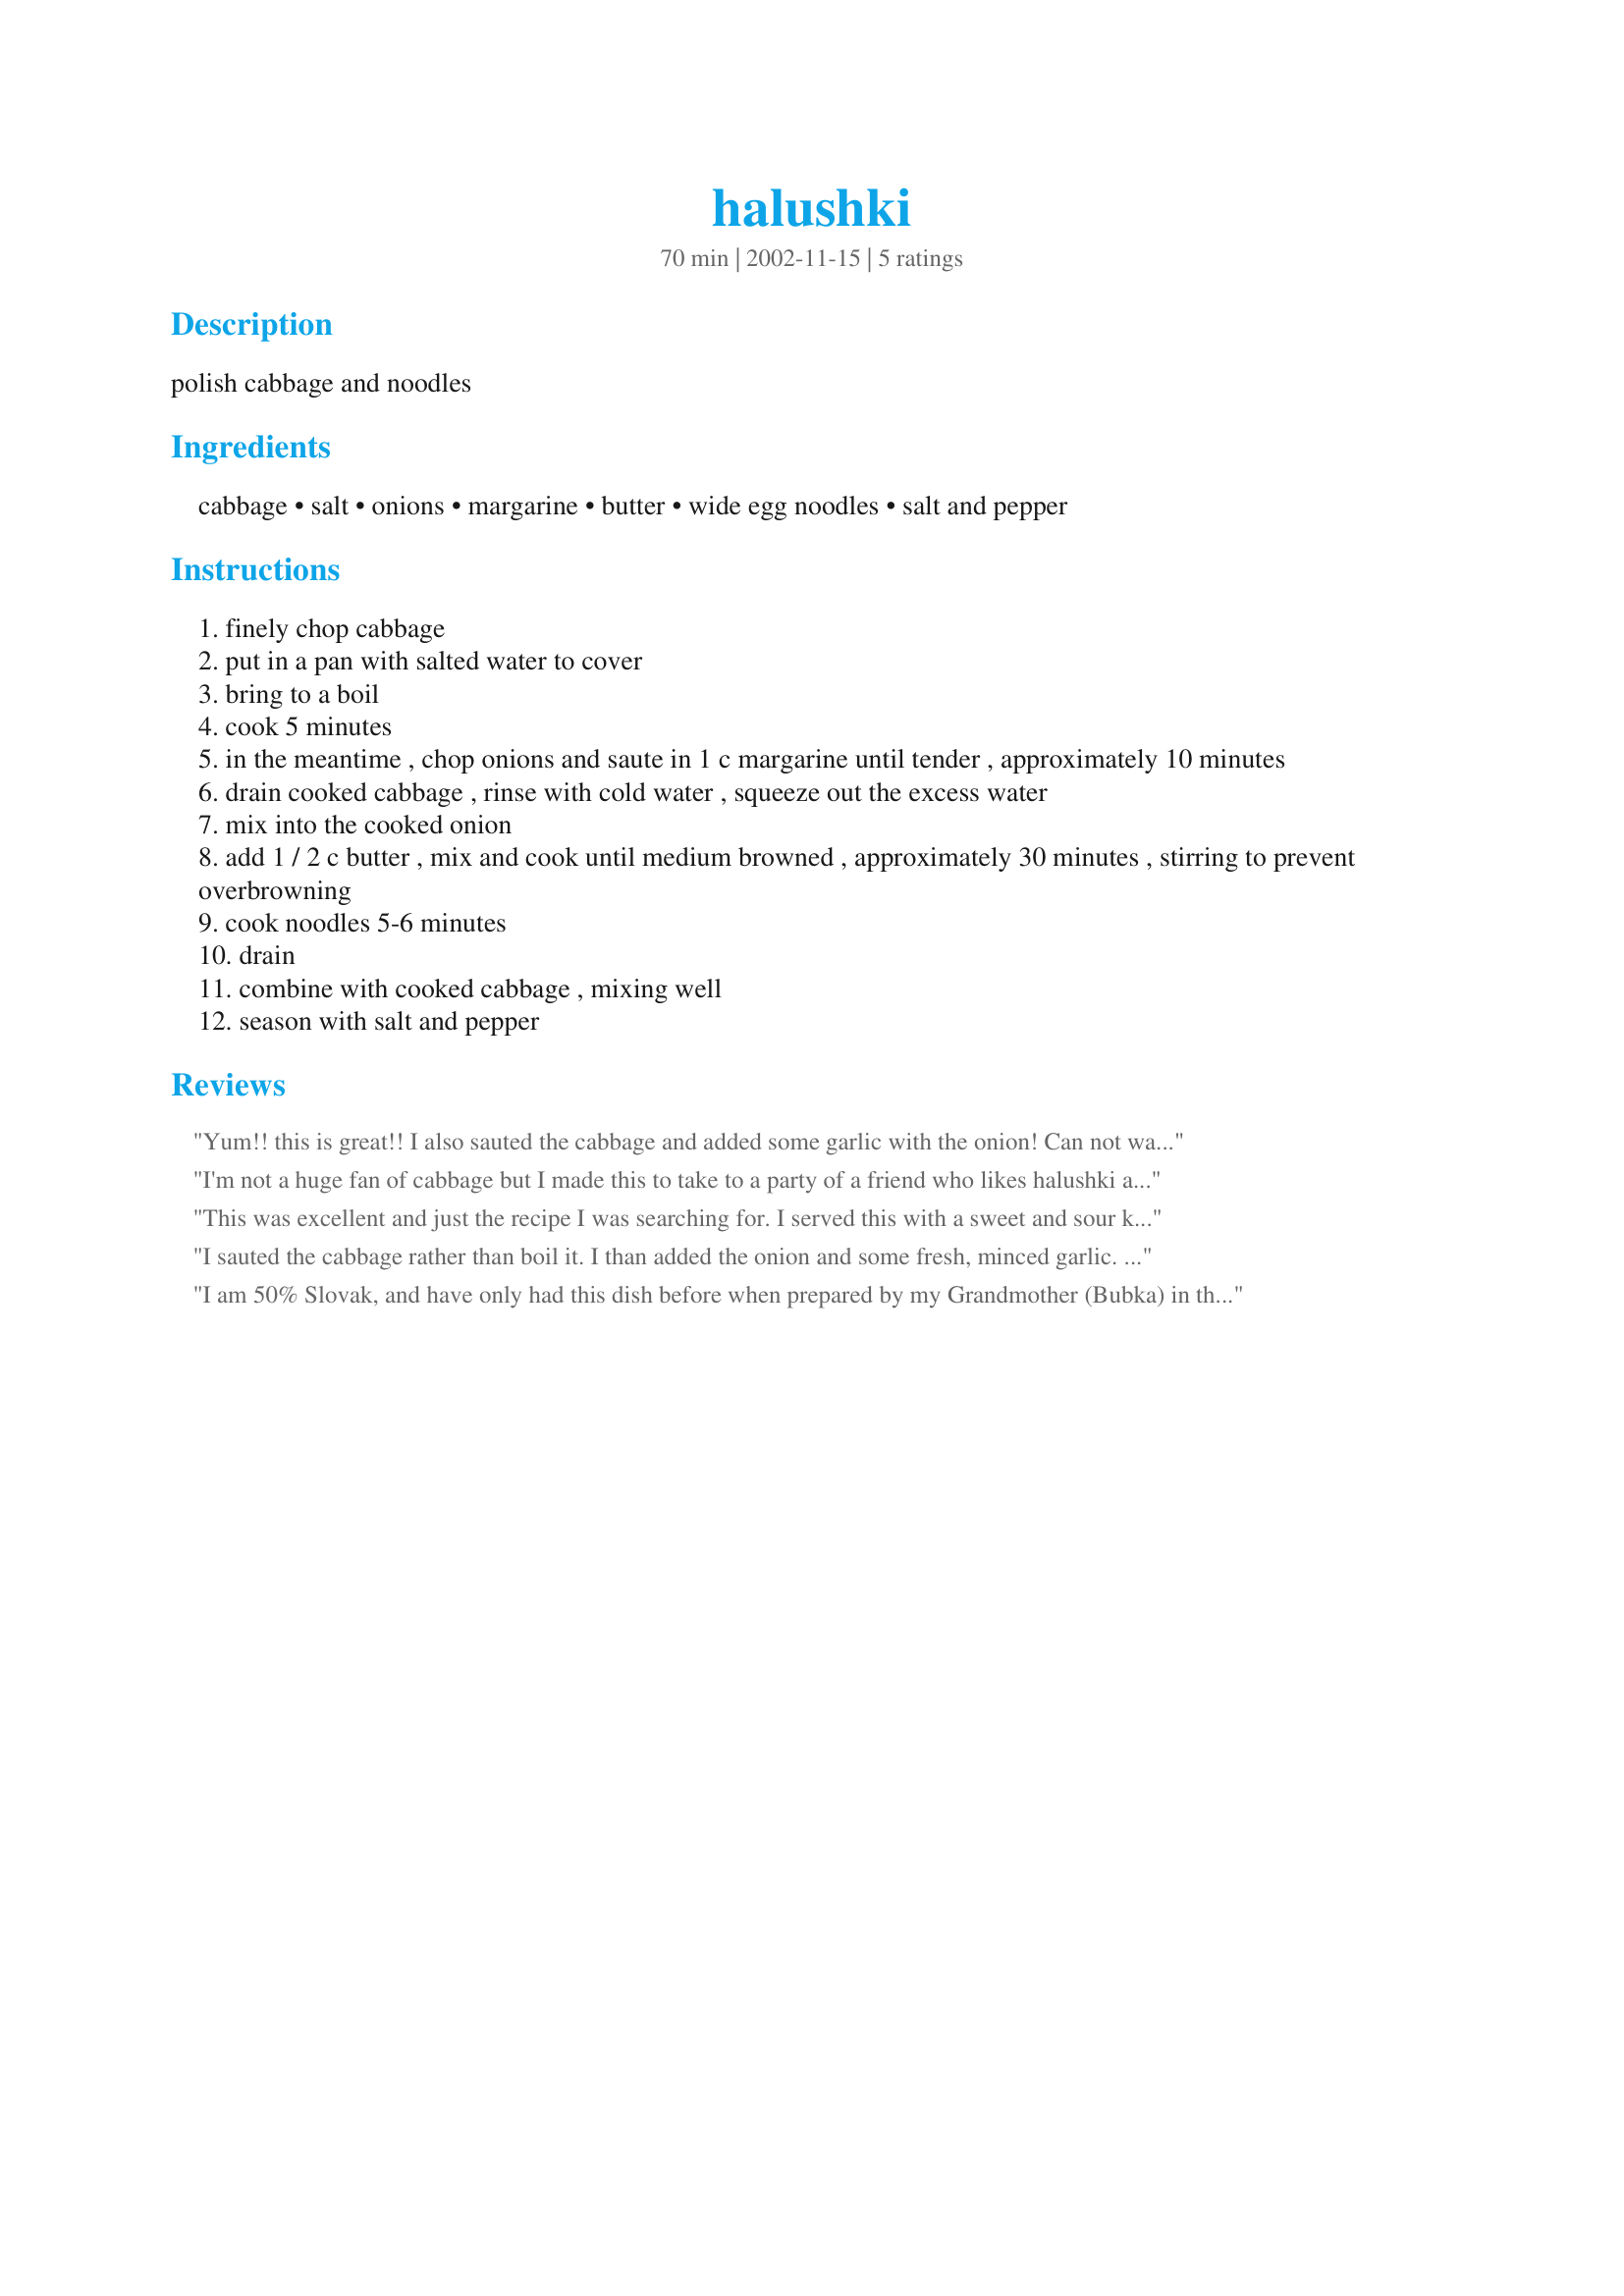
halushki
Preparation time: 70 minutes

polish cabbage and noodles

Ingredients:
cabbage, salt, onions, margarine, butter, wide egg noodles, salt and pepper

Steps:
finely chop cabbage
put in a pan with salted water to cover
bring to a boil
cook 5 minutes
in the meantime , chop onions and saute in 1 c margarine until tender , approximately 10 minutes
drain cooked cabbage , rinse with cold water , squeeze out the excess water
mix into the cooked onion
add 1 / 2 c butter , mix and cook until medium browned , approximately 30 minutes , stirring to prevent overbrowning
cook noodles 5-6 minutes
drain
combine with cooked cabbage , mixing well
season with salt and pepper

Reviews:
Yum!! this is great!!

I also sauted the cabbage and added some garlic with the onion! Can not wait to have this again!

I had never eaten cabbage before & this recipe made it a new favorite! It tastes great!!! 

Thanks for sharing!
I'm not a huge fan of cabbage but I made this to take to a party of a friend who likes halushki and I have to say that I liked it. I don't know if it's something that I would make on a regular basis but it was an easy and yummy recipe. Thanks.
This was excellent and just the recipe I was searching for. I served this with a sweet and sour kielbasa dish. Yum! Thanks for posting! :o)
I sauted the cabbage rather than boil it. I than added the onion and some fresh, minced garlic. This is a great dish. We will have this again.
I am 50% Slovak, and have only had this dish before when prepared by my Grandmother (Bubka) in the Slovak Republic. I took a stab myself with this recpie, and it comes very close...and tastes great. I sauteed the onions in the butter, and just added the cabbage once they just started to brown. Additionally I added some paprika to enhance the flavors (Bubka's secret). Also, in true Slovak style I served it with small drop dumplings. Will definitely make again!
